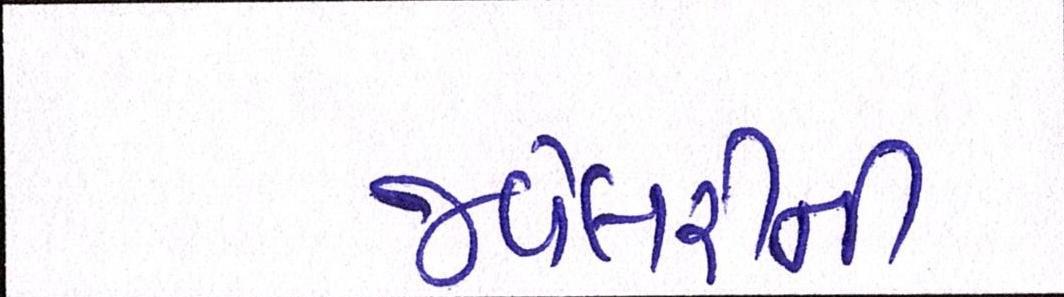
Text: જ્વેલરીની